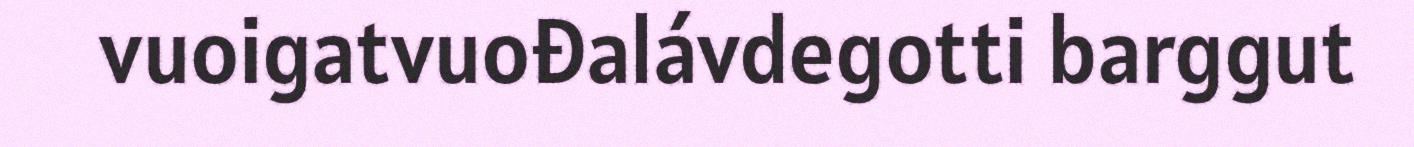
vuoigatvuođalávdegotti barggut